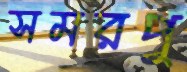
সমরপু